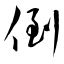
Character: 倒